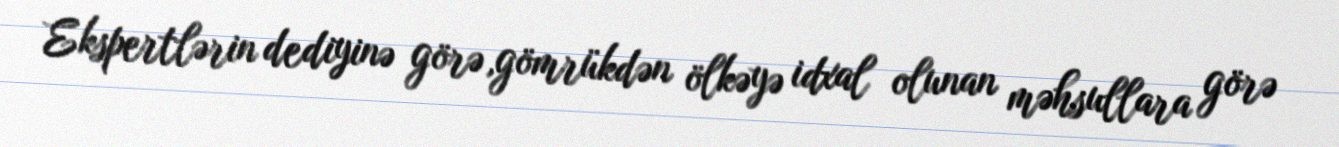
Ekspertlərin dediyinə görə,gömrükdən ölkəyə idxal olunan məhsullara görə